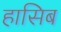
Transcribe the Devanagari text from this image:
हासिब